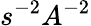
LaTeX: s^{-2}A^{-2}